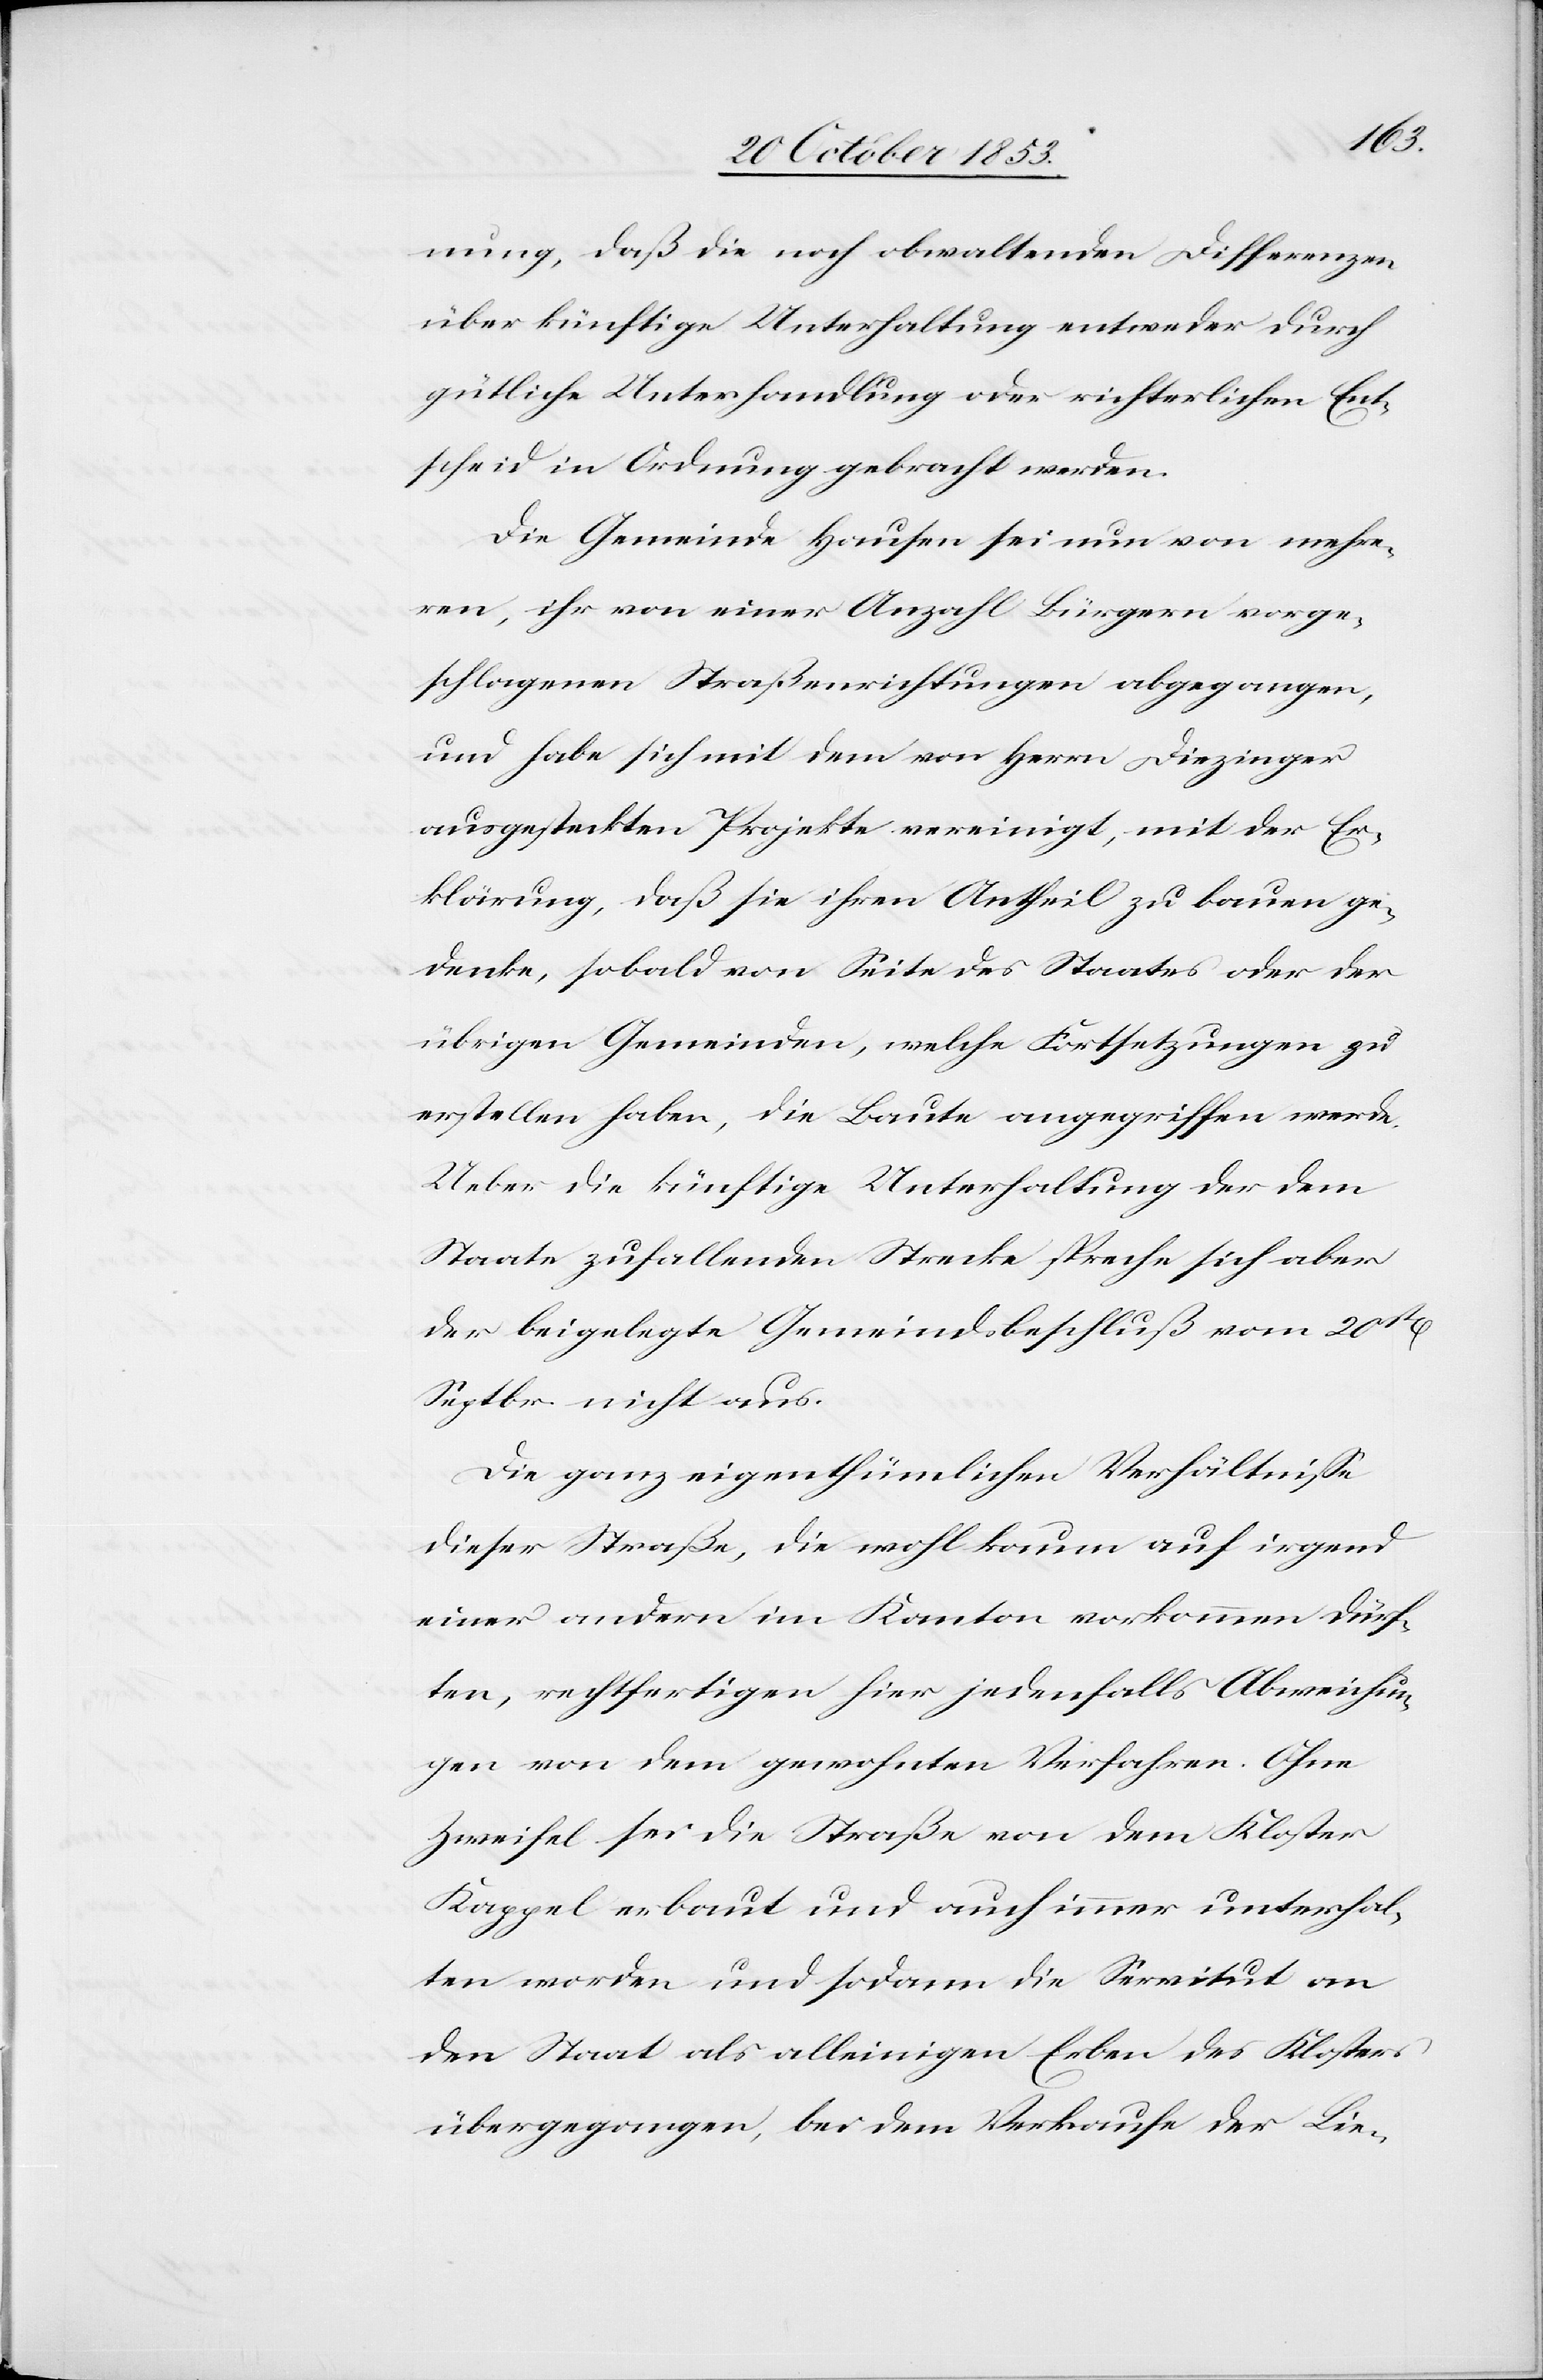
nung, daß die noch obwaltenden Differenzen
über künftige Unterhaltung entweder durch
gütliche Unterhandlung oder richterlichen Ent¬
scheid in Ordnung gebracht werden.
Die Gemeinde Hausen sei nun von mehre¬
ren, ihr von einer Anzahl Bürgern vorge¬
schlagenen Straßenrichtungen abgegangen,
und habe sich mit dem von Herrn Diezinger
ausgesteckten Projekte vereinigt, mit der Er¬
klärung, daß sie ihren Antheil zu bauen ge¬
denke, sobald von Seite des Staates oder der
übrigen Gemeinden, welche Fortsetzungen zu
erstellen haben, die Baute angegriffen werde.
Ueber die künftige Unterhaltung der dem
Staate zufallenden Strecke spreche sich aber
der beigelegte Gemeindsbeschluß vom 20ten
Septbr. nicht aus.
Die ganz eigenthümlichen Verhältniße
dieser Straße, die wohl kaum auf irgend
einer andern im Kanton vorkommen dürf¬
ten, rechtfertigen hier jedenfalls Abweichun¬
gen von dem gewohnten Verfahren. Ohne
Zweifel sei die Straße von dem Kloster
Kappel erbaut und auch immer unterhal¬
ten worden und sodann die Servitut an
den Staat als alleinigen Erben des Klosters
übergegangen, bei dem Verkaufe der Lie-